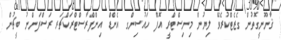
ޤާނޫނީގޮތުން ގެޒެޓްކުރެވޭ ލިޔުން މިނިސްޓްރީ އޮފް ހައުސިންގ އެންޑް އިންފްރާސްޓްރަކްޗަރ ރަސްފަންނު ބީޗުން